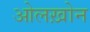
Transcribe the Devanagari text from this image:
ओलख़ोन